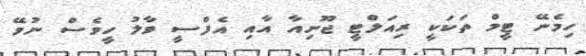
ހިމެނޭ ޓީމް ތަކަކީ ރިއަލްޓީ ޖޫނިއާ އާއި އެފްސީ ވާލު ހީވެސް ނުވޭ